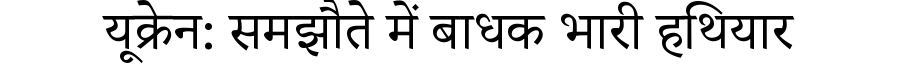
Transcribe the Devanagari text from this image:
यूक्रेन: समझौते में बाधक भारी हथियार